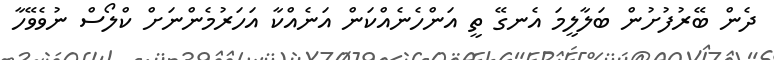
ދެން ބޭރުފުށުން ބަލާލީމަ އެނގޭ ތީ އަންހެނެއްކަން އަނެއްކާ އަހަރުމެންނަށް ކްލޯސް ނުވެވޭހާ